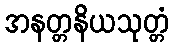
အနတ္တနိယသုတ္တံ